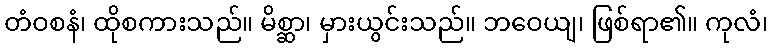
တံဝစနံ၊ ထိုစကားသည်။ မိစ္ဆာ၊ မှားယွင်းသည်။ ဘဝေယျ၊ ဖြစ်ရာ၏။ ကုလံ၊